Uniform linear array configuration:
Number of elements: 8
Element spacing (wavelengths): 0.75
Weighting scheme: uniform
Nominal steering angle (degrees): -45
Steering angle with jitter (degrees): -43.484
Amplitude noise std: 0.05
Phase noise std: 0.05

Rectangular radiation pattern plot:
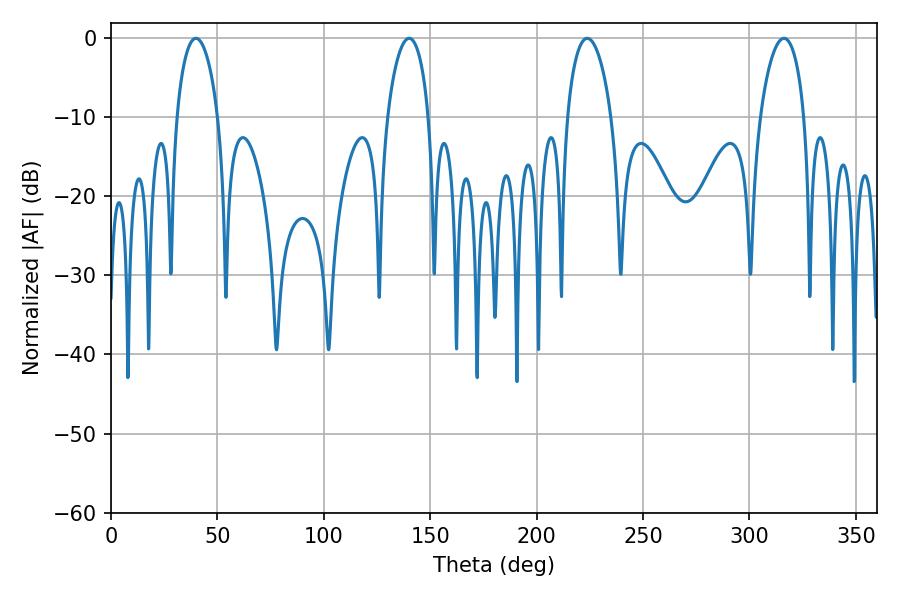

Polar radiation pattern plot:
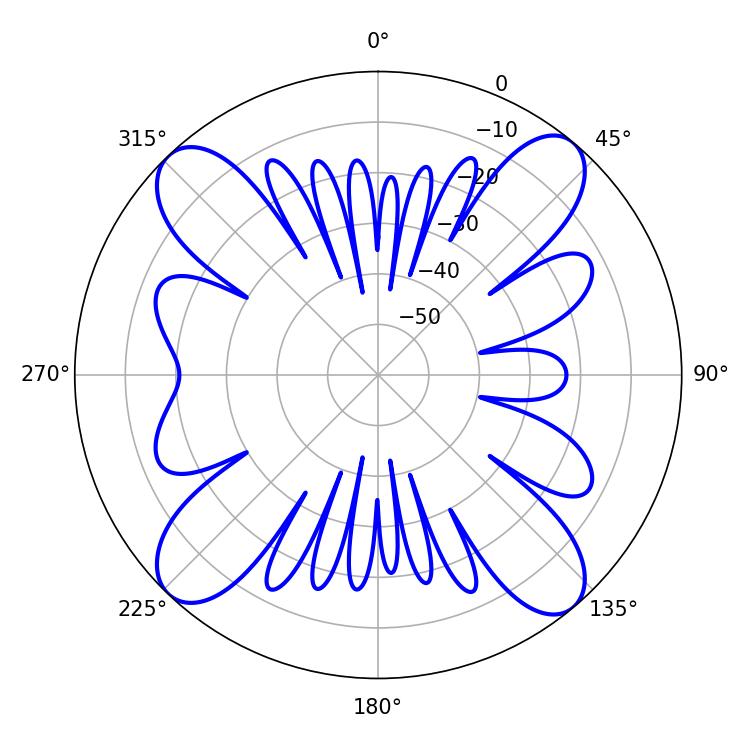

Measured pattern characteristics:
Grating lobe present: TRUE
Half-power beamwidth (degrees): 11.88
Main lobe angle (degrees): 223.74